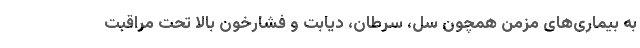
به بیماری‌های مزمن همچون سل، سرطان، دیابت و فشارخون بالا تحت مراقبت